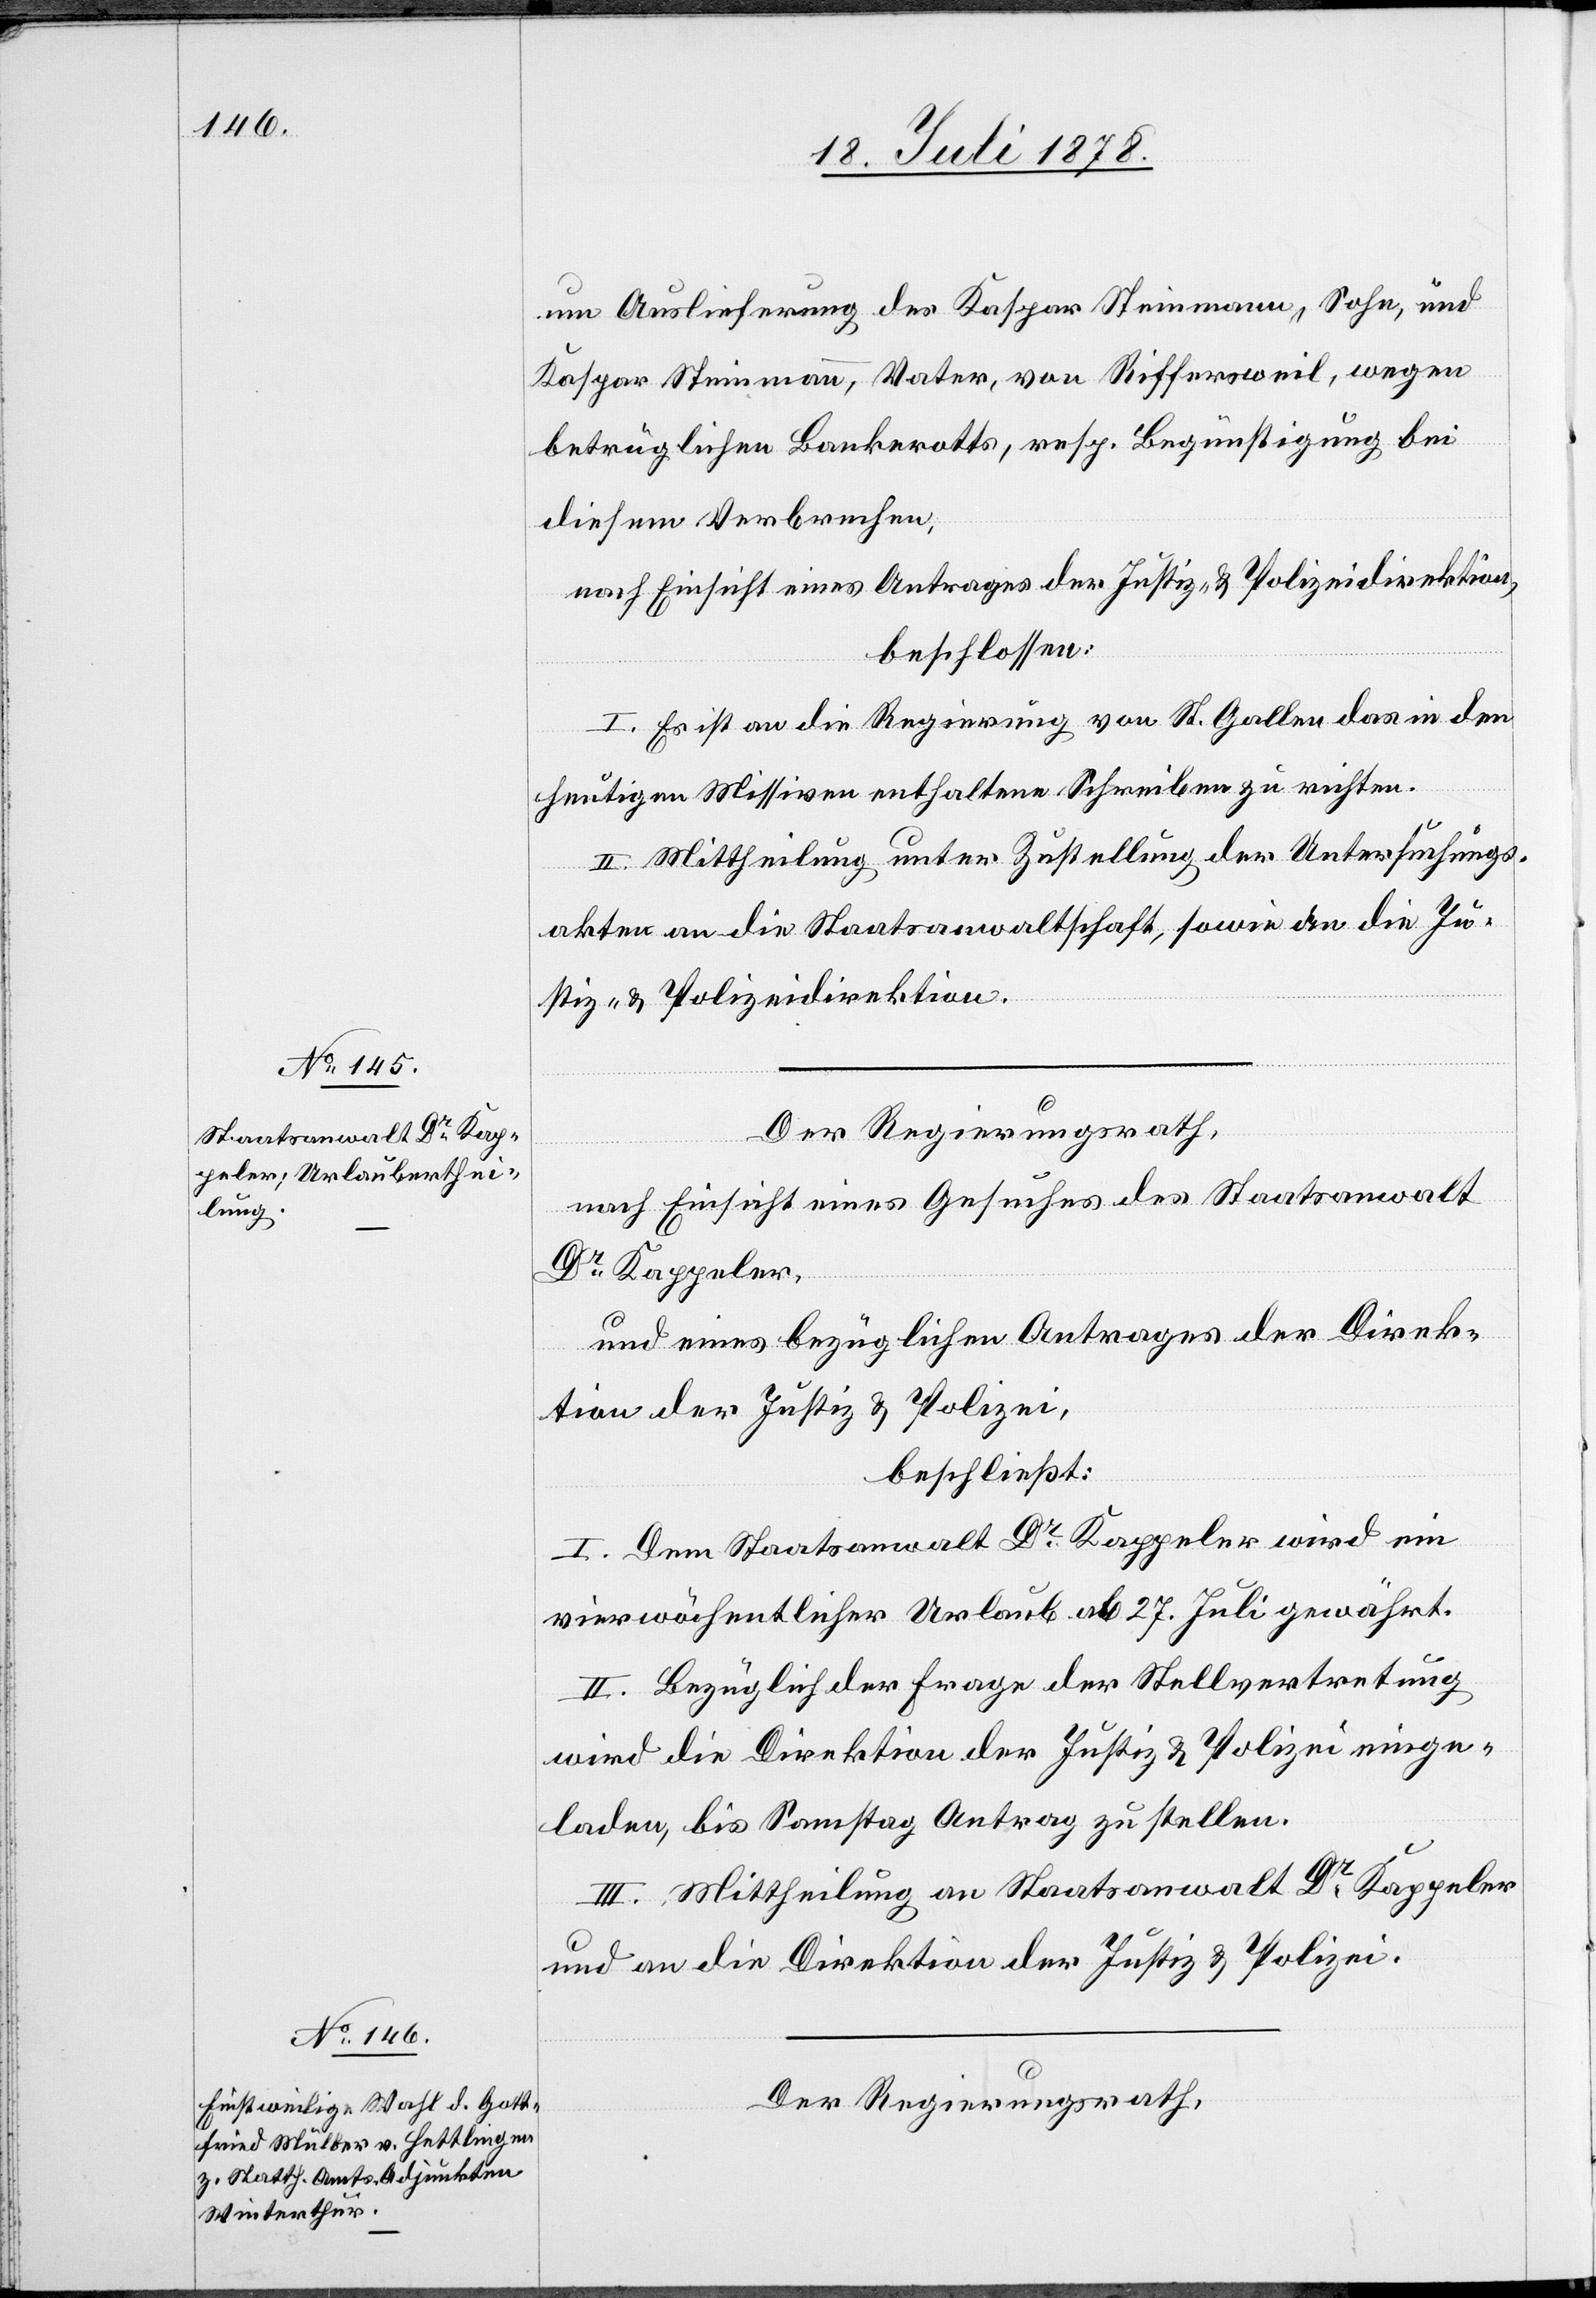
um Auslieferung des Kaspar Steinmann, Sohn, und
Kaspar Steinmann, Vater, von Riffersweil, wegen
betrüglichen Bankerotts, resp. Begünstigung bei
diesem Verbrechen,
nach Einsicht eines Antrages der Justiz- & Polizeidirektion,
beschlossen:
I. Es ist an die Regierung von St. Gallen das in den
heutigen Missiven enthaltene Schreiben zu richten.
II. Mittheilung unter Zustellung der Untersuchungs¬
akten an die Staatsanwaltschaft, sowie an die Ju¬
stiz- & Polizeidirektion.
Der Regierungsrath,
nach Einsicht eines Gesuches des Staatsanwalt
Dr Kappeler,
und eines bezüglichen Antrages der Direk¬
tion der Justiz & Polizei,
beschließt:
I. Dem Staatsanwalt Dr Kappeler wird ein
vierwöchentlicher Urlaub ab 27. Juli gewährt.
II. Bezüglich der Frage der Stellvertretung
wird die Direktion der Justiz & Polizei einge¬
laden, bis Samstag Antrag zu stellen.
III. Mittheilung an Staatsanwalt Dr Kappeler
und an die Direktion der Justiz & Polizei.
Der Regierungsrath,